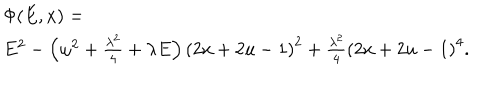
LaTeX: \begin{array} { r l } { { \ } } & { { \Phi ( E , x ) = \ } } \\ { { \ } } & { { E ^ { 2 } - \left( \omega ^ { 2 } + \frac { \lambda ^ { 2 } } { 4 } + \lambda E \right) \left( 2 x + 2 u - 1 \right) ^ { 2 } + \frac { \lambda ^ { 2 } } { 4 } \left( 2 x + 2 u - 1 \right) ^ { 4 } . } } \\ \end{array}